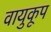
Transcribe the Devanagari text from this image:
वायुकूप